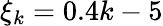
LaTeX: \xi_{k}=0.4k-5